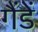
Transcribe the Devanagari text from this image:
गैंडें